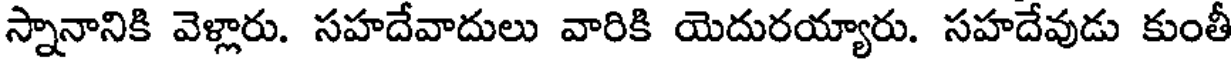
స్నానానికి వెళ్లారు. సహదేవాదులు వారికి యెదురయ్యారు. సహదేవుడు కుంతీ